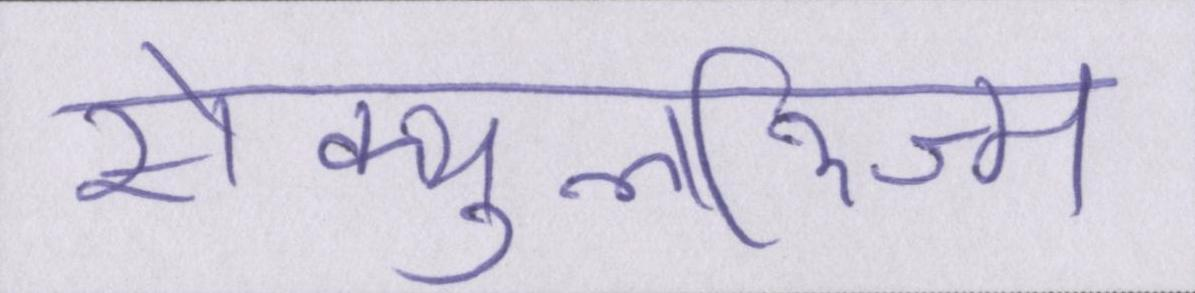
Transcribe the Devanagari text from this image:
सेक्युलरिज्म